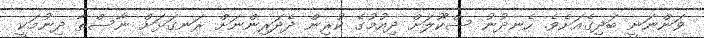
ވަންނަނީ ބަދިގެއަށެވެ. ހެނދުނު ސްކޫލަށް ދިއުމުގެ ކުރިން ދެދަރިންނަށް ރަނގަޅަށް ނާސްތާ ދިނުމަކީ